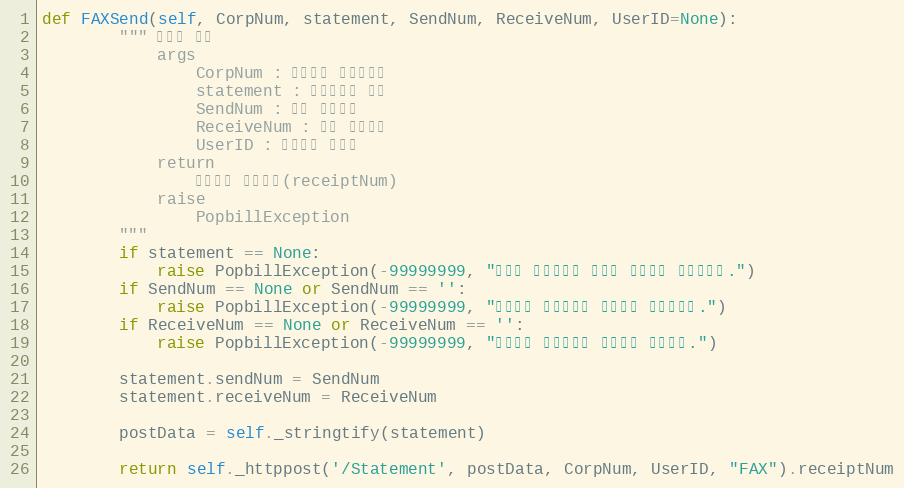
Language: Python
def FAXSend(self, CorpNum, statement, SendNum, ReceiveNum, UserID=None):
        """ 선팩스 전송
            args
                CorpNum : 팝빌회원 사업자번호
                statement : 전자명세서 객체
                SendNum : 팩스 발신번호
                ReceiveNum : 팩스 수신번호
                UserID : 팝빌회원 아이디
            return
                팩스전송 접수번호(receiptNum)
            raise
                PopbillException
        """
        if statement == None:
            raise PopbillException(-99999999, "전송할 전자명세서 정보가 입력되지 않았습니다.")
        if SendNum == None or SendNum == '':
            raise PopbillException(-99999999, "팩스전송 발신번호가 올바르지 않았습니다.")
        if ReceiveNum == None or ReceiveNum == '':
            raise PopbillException(-99999999, "팩스전송 수신번호가 올바르지 않습니다.")

        statement.sendNum = SendNum
        statement.receiveNum = ReceiveNum

        postData = self._stringtify(statement)

        return self._httppost('/Statement', postData, CorpNum, UserID, "FAX").receiptNum